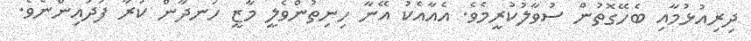
ދިރިއުޅުމާއި ބެހޭގޮތުން ސުވާލުކުރީމެވެ. އެއާއެކު އޭނާ ހިނިތުންވެލީ މާޒީ ހަނދާން ކުރާ ފަދައިންނެވެ.